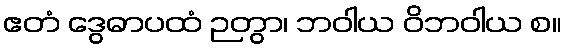
ဧတံ ဒွေဓာပထံ ဉတွာ၊ ဘဝါယ ဝိဘဝါယ စ။